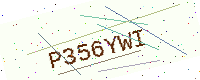
Text: P356YWI